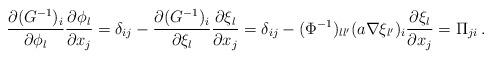
LaTeX: \begin{align*} \frac{\partial (G^{-1})_i}{\partial \phi_l} \frac{\partial \phi_l}{\partial x_j} = \delta_{ij} - \frac{\partial (G^{-1})_i}{\partial \xi_l} \frac{\partial \xi_l}{\partial x_j} = \delta_{ij} - (\Phi^{-1})_{ll'} (a\nabla \xi_{l'})_i \frac{\partial \xi_l}{\partial x_j} = \Pi_{ji}\,. \end{align*}